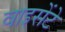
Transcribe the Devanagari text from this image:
वाइसेंटे